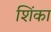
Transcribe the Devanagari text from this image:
शिंका